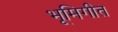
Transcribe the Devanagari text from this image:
भूमिगीत